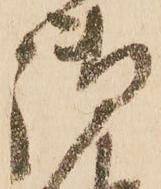
御